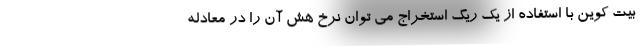
بیت کوین با استفاده از یک ریگ استخراج می توان نرخ هش آن را در معادله